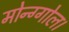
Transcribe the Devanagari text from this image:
मोन्ग्गोल।